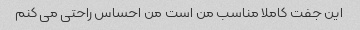
این جفت کاملا مناسب من است من احساس راحتی می کنم